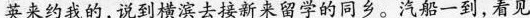
英来约我的,说到横滨去接新来留学的同乡。汽船一到,看见